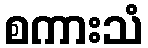
စကားသံ